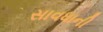
સાવધાની